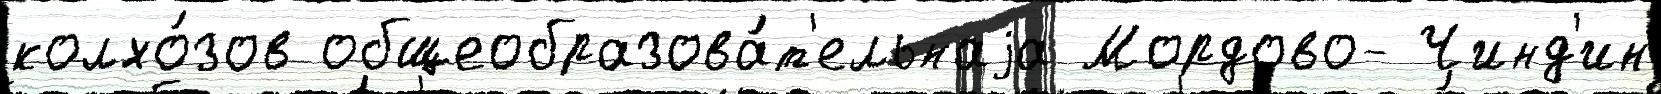
колхо́зов общеобразова́т'ельнаjа Мордово- Чинд'ин